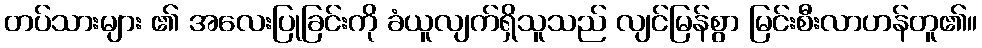
တပ်သားများ ၏ အလေးပြုခြင်းကို ခံယူလျက်ရှိသူသည် လျင်မြန်စွာ မြင်းစီးလာဟန်တူ၏။